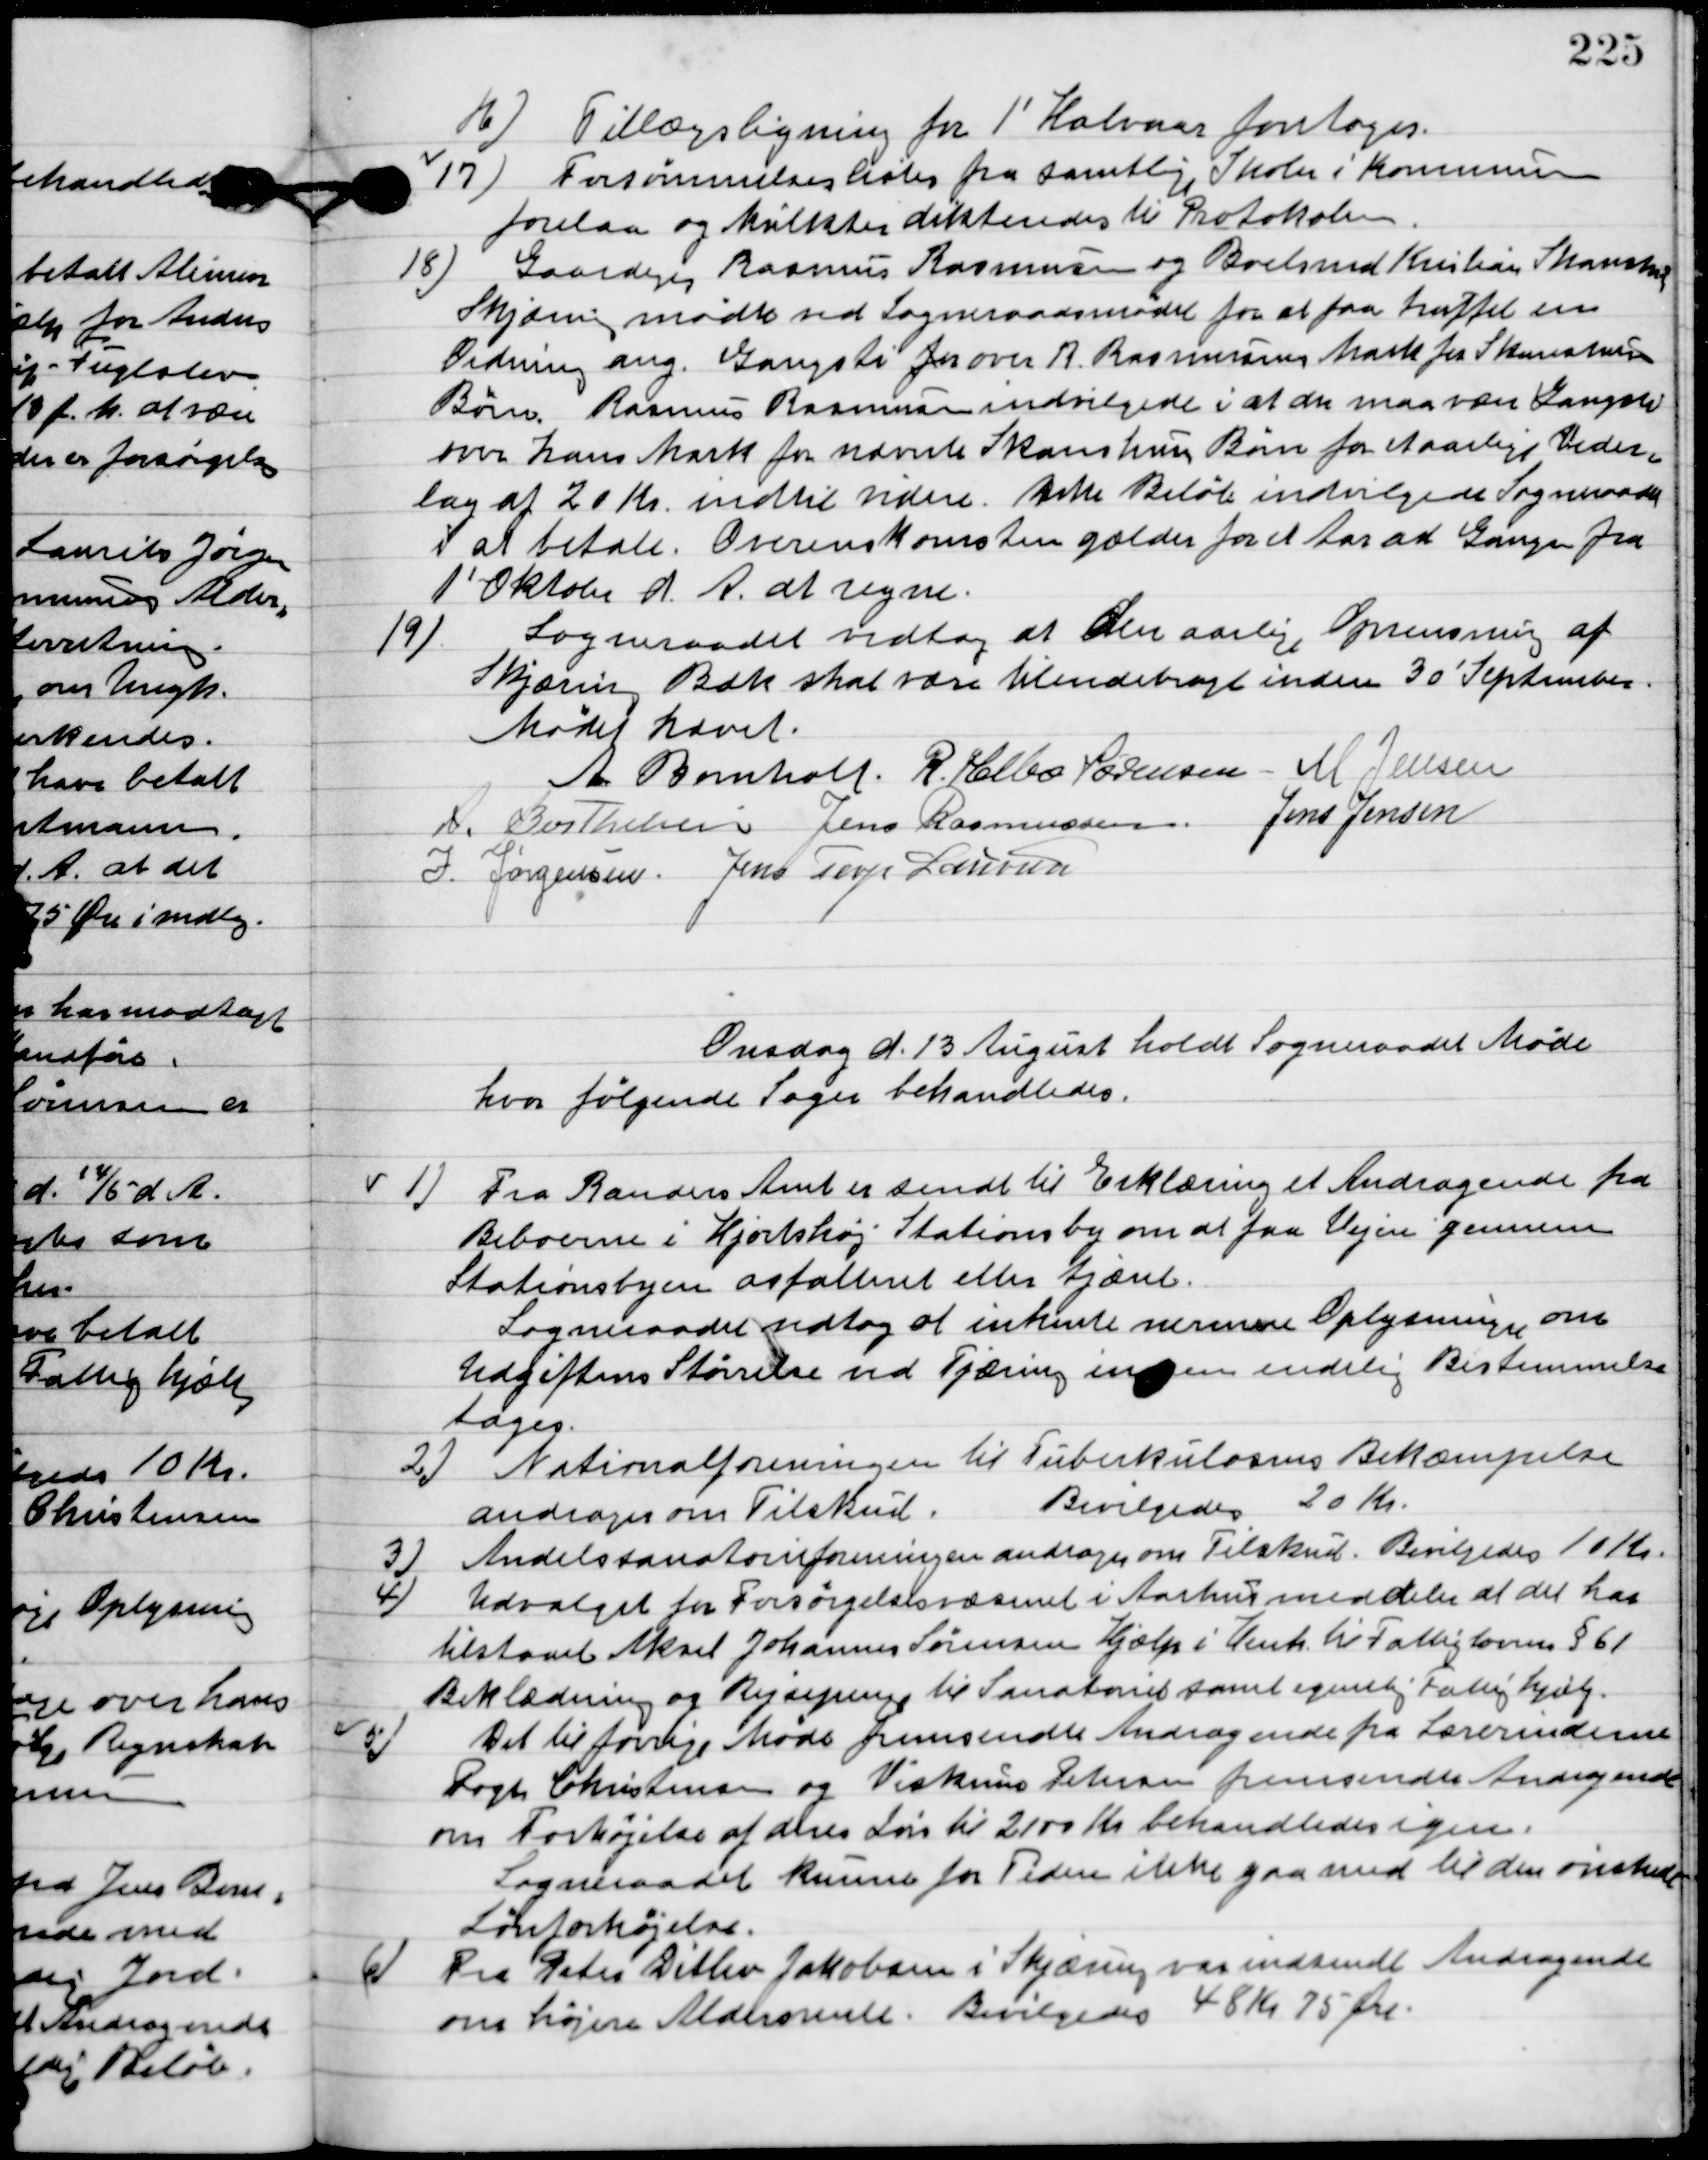
Transskription:
16

Tillægsligning for 1´ Halvaar foretoges.

17
Forsømmelseslister for samtlige Skoler i kommunen

forelaa og hvilket dikteredes til Protokollen.

18

Gaardejer Rasmus Rasmussen og Boelsmand Kristian Skanshus
Skjæirng mødte ved sogneraadsmødet for at faa truffet en 
Ordning ang. Gangsti over R. Rasmussen Mark fra Skansehus
Børn. Rasmus Rasmussen indvilgede i at der maa være gangsti
 over hans Mark for udviste Skanshus børn for aarlig Veder-
lag af 20 Kr. indtil videre. Dette Beløb indvilgede Sogneraadet 
i at betale. Overenskomsten gælder for et Aar ad Gangen fra
 1´ Oktober d. A. at regne.

19

Sogneraadet vedtog at den aarlige Oprensning af
Skjæirng Bæk skal være tilendebragt inden 30´ september.

Mødet hævet.

A. Bomholt
R. Helbo Sørensen
M. Jensen
 A. Berthelsen
Jens Rasmussen
Jens Jensen
I. Jørgensen
Jens Terp Laursen

Onsdag d. 13. August holdt Sogneraadet Møde
hvor følgende sager behandledes.

1

Fra Randers Amt er sendt til Erklæring et Andragende fra
Beboerne i Hjortshøj Stationsby om at faa vejen gennem
 Stationsbyen asfalteret eller tjæret.
Sogneraadet vedtog at inhente nærmere Oplysninger om
udgifternes skønelse ved Tjæring inden endelig Bestemmelse
tages

2

Nationalforeningen til Tuberkuloses Bekæmpelse
 andrager om Tilskud.
Bevilgedes 20 Kr.

3

Andelssanatorieforeningen andrager om Tilskud.
Bevilgedes 10 Kr.

4

Udvalget for Forsørgelsesvæsenet i Aarhus meddeler at det har
 tilstodet Aksel Johannes Sørensen Hjælp i henh. til Fattigloven § 61
Beklædning og Rejsepenge til sanatoriet samt egentlig Fattighjælp.

5

Det til forrige Møde fremsendte Andragende fra Lærerinderne
Fogh Christensen og Viskum Petersen fremsendte Andragende
om forhøjelse af deres Løn til 2100 Kr. behandledes igen.
Sogneraadet kunne for Tiden ikke gaa med til den ønskede
Lønforhøjelse.

6

Fra Peter Ditlev Jakobsen i Skjæring var indsendt Andragende
om højere Aldersrente.
Bevilgedes 48 Kr. 75 Øre.